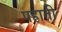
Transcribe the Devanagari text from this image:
पहाती